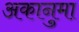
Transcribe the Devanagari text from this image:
अकानुमा